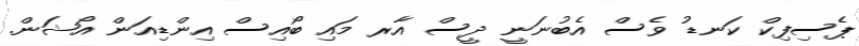
ޕެސިފިކް ކަނޑު ވެސް އެބުނަނީ ދީސް އާރ މައި ބޯއިސް އިންޑިއަން އޯޝަން.